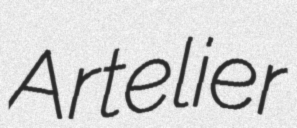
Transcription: Artelier